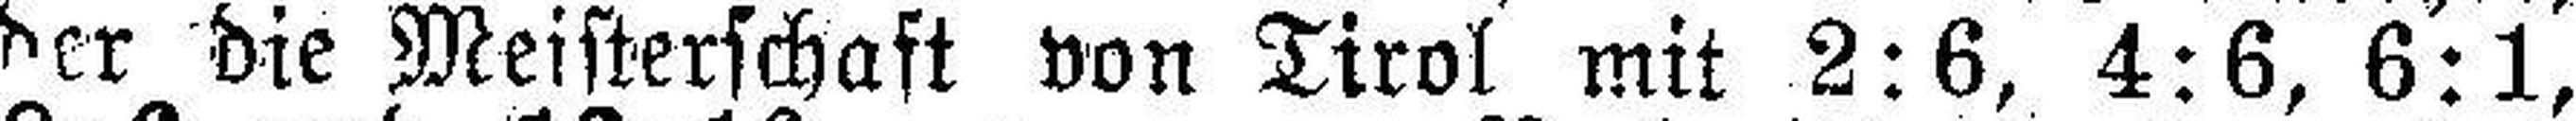
der die Meisterschaft von Tirol mit 2:6, 4:6, 6:1,